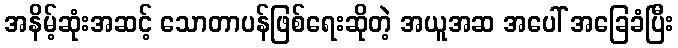
အနိမ့်ဆုံးအဆင့် သောတာပန်ဖြစ်ရေးဆိုတဲ့ အယူအဆ အပေါ် အခြေခံပြီး